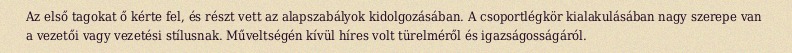
Az első tagokat ő kérte fel, és részt vett az alapszabályok kidolgozásában. A csoportlégkör kialakulásában nagy szerepe van a vezetői vagy vezetési stílusnak. Műveltségén kívül híres volt türelméről és igazságosságáról.